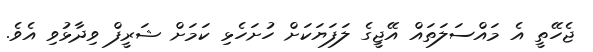
ޖެހޭތީ އެ މައްސަލަތައް އޭޖީގެ ލަފަޔަކަށް ހުށަހެޅި ކަމަށް ޝަރީފް ވިދާޅުވި އެވެ.